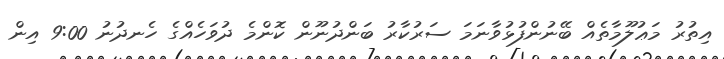
އިތުރު މަޢުލޫމާތެއް ބޭނުންފުޅުވާނަމަ ސަރުކާރު ބަންދުނޫން ކޮންމެ ދުވަހެއްގެ ހެނދުނު 9:00 އިން